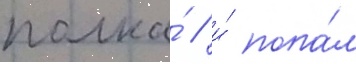
полка́ / и́ попа́л